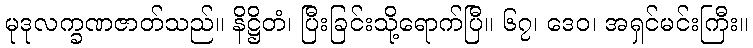
မုဒုလက္ခဏဇာတ်သည်။ နိဋ္ဌိတံ၊ ပြီးခြင်းသို့ရောက်ပြီ။ ၆၇၊ ဒေဝ၊ အရှင်မင်းကြီး။